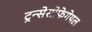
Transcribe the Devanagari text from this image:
ट्रन्सेसोफेगेयल